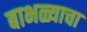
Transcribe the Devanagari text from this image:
बाभळ्याचा